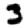
Digit: 3